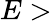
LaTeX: E>